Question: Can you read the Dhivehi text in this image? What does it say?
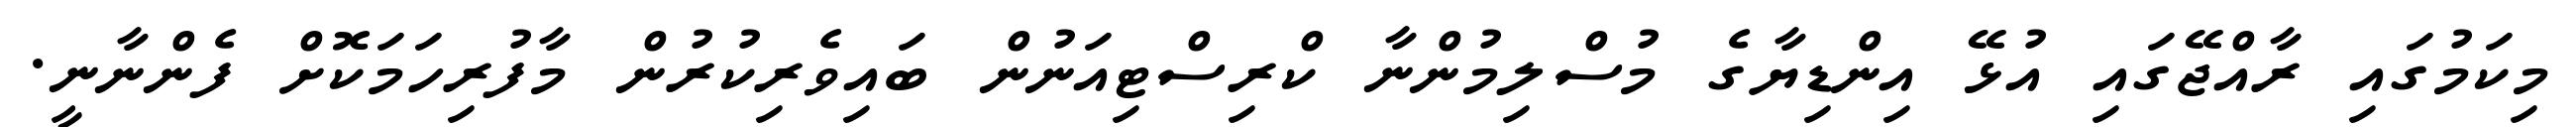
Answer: މިކަމުގައި ރާއްޖޭގައި އުޅޭ އިންޑިޔާގެ މުސްލިމުންނާ ކްރިސްޓިއަނުން ބައިވެރިކުރުން މާފުރިހަމަކޮށް ފެންނާނީ.